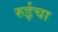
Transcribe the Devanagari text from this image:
रुईचा